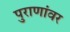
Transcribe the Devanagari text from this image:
पुराणांवर